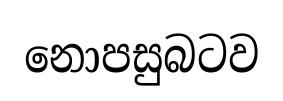
නොපසුබටව